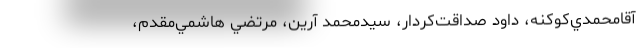
آقا‌محمدي‌کوکنه، داود صداقت‌کردار، سيدمحمد آرين، مرتضي هاشمي‌مقدم،